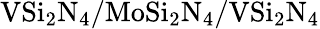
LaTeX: \mathrm{VSi_{2}N_{4}/MoSi_{2}N_{4}/VSi_{2}N_{4}}